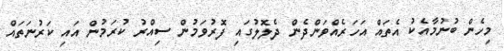
މިހެން ބުނުމާއެކު އެތައް އަހަރެއްވަންދެން ދެލޮލުގައި ފޮރުވަމުން ސިއްރު ކުރަމުން އައި ކަރުނަތައް